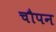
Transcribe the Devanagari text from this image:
चौपन